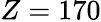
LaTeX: Z=170